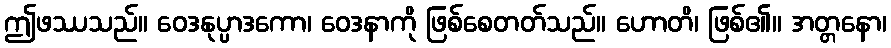
ဤဖဿသည်။ ဝေဒနုပ္ပာဒကော၊ ဝေဒနာကို ဖြစ်စေတတ်သည်။ ဟောတိ၊ ဖြစ်၏။ အတ္တနော၊